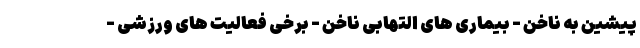
پیشین به ناخن - بیماری های التهابی ناخن - برخی فعالیت های ورزشی -